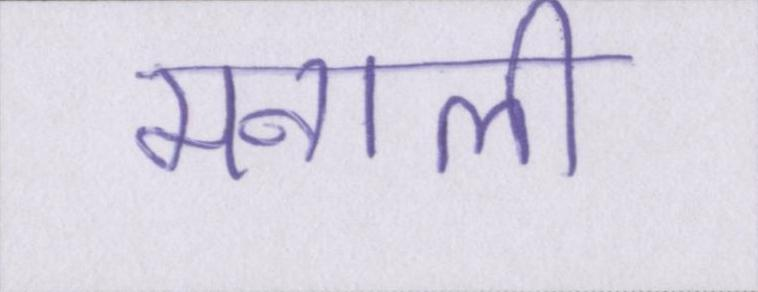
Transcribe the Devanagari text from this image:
मनाली